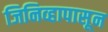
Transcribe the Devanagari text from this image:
जिनिव्हापासून